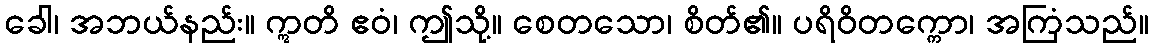
ခေါ၊ အဘယ်နည်း။ ဣတိ ဧဝံ၊ ဤသို့။ စေတသော၊ စိတ်၏။ ပရိဝိတက္ကော၊ အကြံသည်။